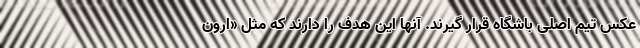
عکس تیم اصلی باشگاه قرار گیرند. آنها این هدف را دارند که مثل «ارون